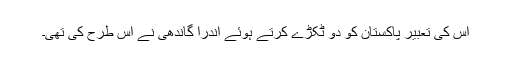
اس کی تعبیر پاکستان کو دو ٹکڑے کرتے ہوئے اندرا گاندھی نے اس طرح کی تھی۔